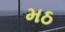
મઠ